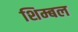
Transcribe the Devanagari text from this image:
शिम्बल